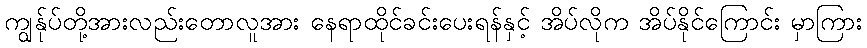
ကျွန်ုပ်တို့အားလည်းတောလူအား နေရာထိုင်ခင်းပေးရန်နှင့် အိပ်လိုက အိပ်နိုင်ကြောင်း မှာကြား